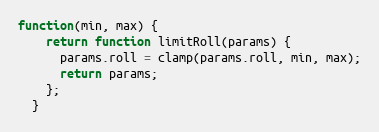
Language: JavaScript
function(min, max) {
    return function limitRoll(params) {
      params.roll = clamp(params.roll, min, max);
      return params;
    };
  }